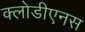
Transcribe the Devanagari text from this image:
क्लोडीएनस